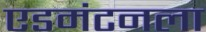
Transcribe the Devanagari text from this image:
एडमंटनला